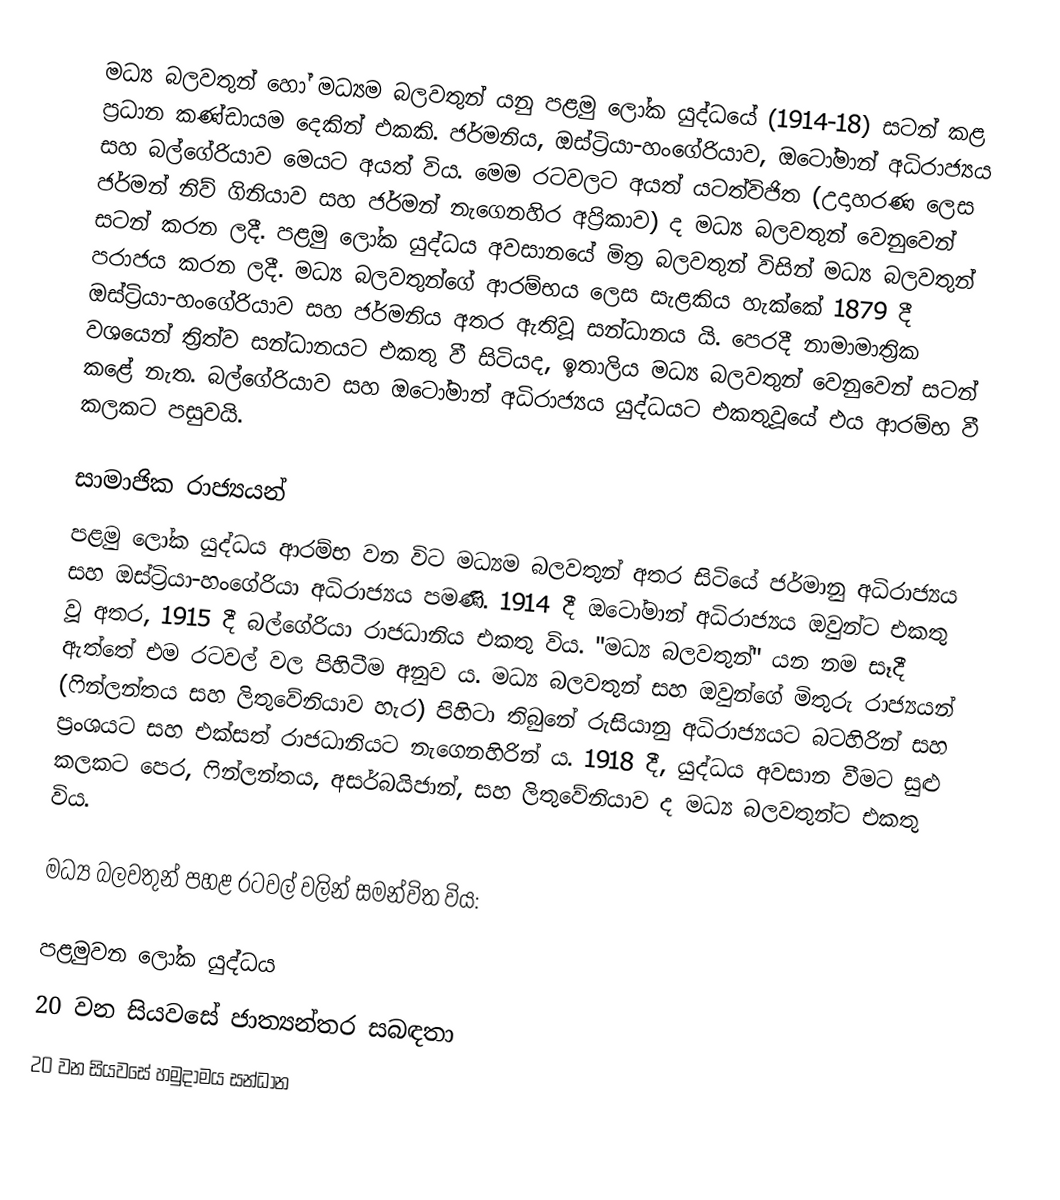
මධ්‍ය බලවතුන් හෝ මධ්‍යම බලවතුන් යනු පළමු ලෝක යුද්ධයේ (1914-18) සටන් කළ ප්‍රධාන කණ්ඩායම දෙකින් එකකි. ජර්මනිය, ඔස්ට්‍රියා-හංගේරියාව, ඔටෝමාන් අධිරාජ්‍යය සහ බල්ගේරියාව මෙයට අයත් විය. මෙම රටවලට අයත් යටත්විජිත (උදාහරණ ලෙස ජර්මන් නිව් ගිනියාව සහ ජර්මන් නැගෙනහිර අප්‍රිකාව) ද මධ්‍ය බලවතුන් වෙනුවෙන් සටන් කරන ලදී. පළමු ලෝක යුද්ධය අවසානයේ මිත්‍ර බලවතුන් විසින් මධ්‍ය බලවතුන් පරාජය කරන ලදී. මධ්‍ය බලවතුන්ගේ ආරම්භය ලෙස සැළකිය හැක්කේ 1879 දී ඔස්ට්‍රියා-හංගේරියාව සහ ජර්මනිය අතර ඇතිවූ සන්ධානය යි. පෙරදී නාමාමාත්‍රික වශයෙන් ත්‍රිත්ව සන්ධානයට එකතු වී සිටියද, ඉතාලිය මධ්‍ය බලවතුන් වෙනුවෙන් සටන් කළේ නැත. බල්ගේරියාව සහ ඔටෝමාන් අධිරාජ්‍යය යුද්ධයට එකතුවූයේ එය ආරම්භ වී කලකට පසුවයි.

සාමාජික රාජ්‍යයන්
පළමු ලෝක යුද්ධය ආරම්භ වන විට මධ්‍යම බලවතුන් අතර සිටියේ ජර්මානු අධිරාජ්‍යය සහ ඔස්ට්‍රියා-හංගේරියා අධිරාජ්‍යය පමණි. 1914 දී ඔටෝමාන් අධිරාජ්‍යය ඔවුන්ට එකතු වූ අතර, 1915 දී බල්ගේරියා ‍රාජධානිය එකතු විය. "මධ්‍ය බලවතුන්" යන නම සෑදී ඇත්තේ එම රටවල් වල පිහිටීම අනුව ය. මධ්‍ය බලවතුන් සහ ඔවුන්ගේ මිතුරු රාජ්‍යයන් (ෆින්ලන්තය සහ ලිතුවේනියාව හැර) පිහිටා තිබුනේ රුසියානු අධිරාජ්‍යයට බටහිරින් සහ ප්‍රංශයට සහ එක්සත් රාජධානියට නැගෙනහිරින් ය. 1918 දී, යුද්ධය අවසාන වීමට සුළු කලකට පෙර, ෆින්ලන්තය, අසර්බයිජාන්, සහ ලිතුවේනියාව ද මධ්‍ය බලවතුන්ට එකතු විය.

මධ්‍ය බලවතුන් පහළ රටවල් වලින් සමන්විත විය:

පළමුවන ලෝක යුද්ධය
20 වන සියවසේ ජාත්‍යන්තර සබඳතා
20 වන සියවසේ හමුදාමය සන්ධාන